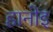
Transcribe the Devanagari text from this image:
हानोइ